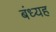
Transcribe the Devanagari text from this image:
बंध्यह